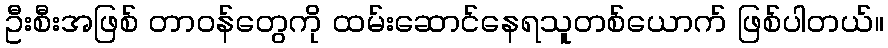
ဦးစီးအဖြစ် တာဝန်တွေကို ထမ်းဆောင်နေရသူတစ်ယောက် ဖြစ်ပါတယ်။